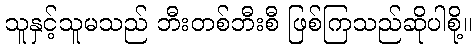
သူနှင့်သူမသည် ဘီးတစ်ဘီးစီ ဖြစ်ကြသည်ဆိုပါစို့။